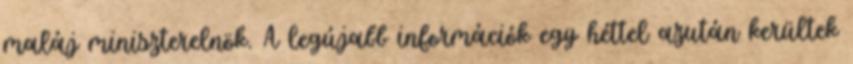
maláj miniszterelnök. A legújabb információk egy héttel azután kerültek